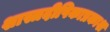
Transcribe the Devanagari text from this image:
शास्त्रदीपिकाप्रकाश